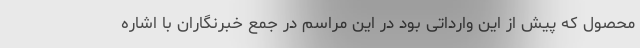
محصول که پیش از این وارداتی بود در این مراسم در جمع خبرنگاران با اشاره